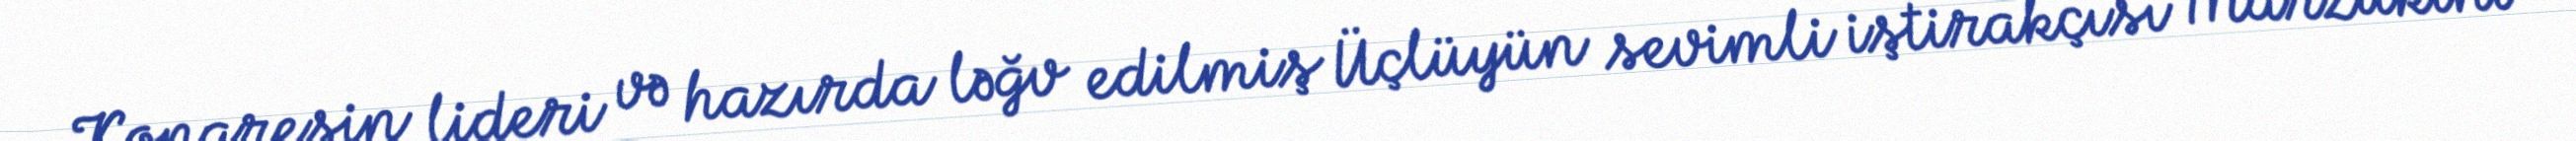
Konqresin lideri və hazırda ləğv edilmiş Üçlüyün sevimli iştirakçısı Marzukini